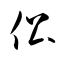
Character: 伀